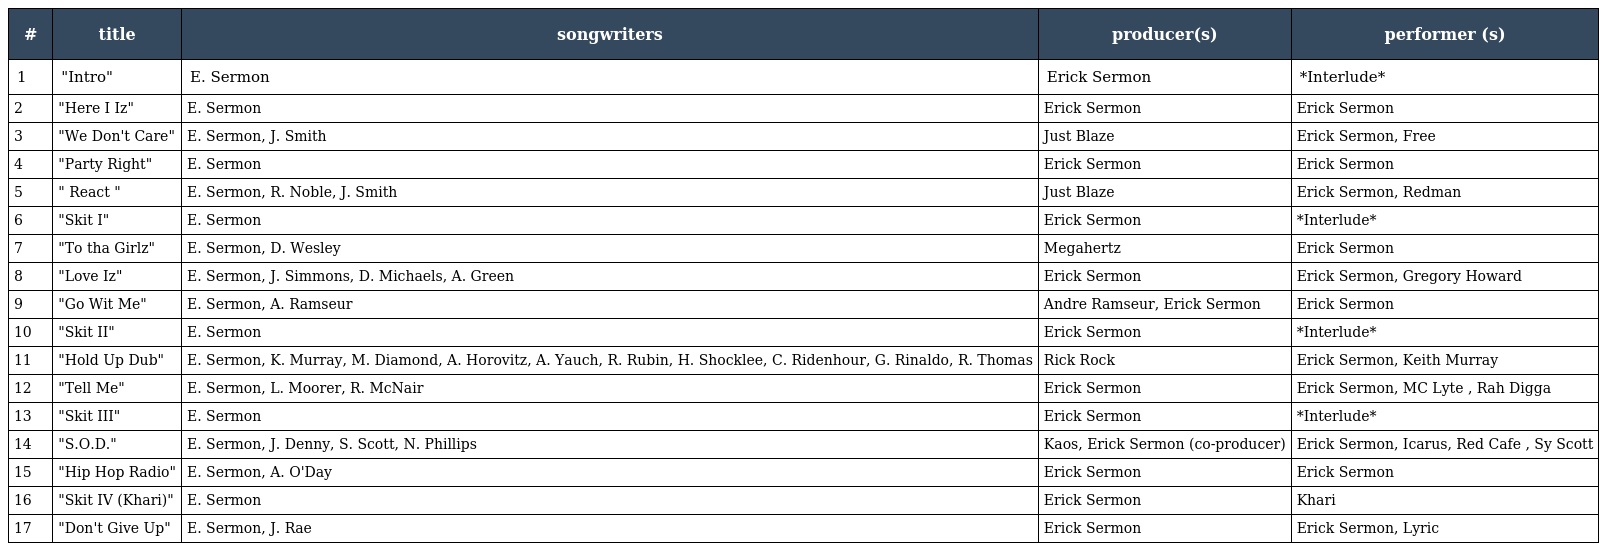
| # | title | songwriters | producer(s) | performer (s) |
 | --- | --- | --- | --- | --- |
 | 1 | "Intro" | E. Sermon | Erick Sermon | *Interlude* |
 | 2 | "Here I Iz" | E. Sermon | Erick Sermon | Erick Sermon |
 | 3 | "We Don't Care" | E. Sermon, J. Smith | Just Blaze | Erick Sermon, Free |
 | 4 | "Party Right" | E. Sermon | Erick Sermon | Erick Sermon |
 | 5 | " React " | E. Sermon, R. Noble, J. Smith | Just Blaze | Erick Sermon, Redman |
 | 6 | "Skit I" | E. Sermon | Erick Sermon | *Interlude* |
 | 7 | "To tha Girlz" | E. Sermon, D. Wesley | Megahertz | Erick Sermon |
 | 8 | "Love Iz" | E. Sermon, J. Simmons, D. Michaels, A. Green | Erick Sermon | Erick Sermon, Gregory Howard |
 | 9 | "Go Wit Me" | E. Sermon, A. Ramseur | Andre Ramseur, Erick Sermon | Erick Sermon |
 | 10 | "Skit II" | E. Sermon | Erick Sermon | *Interlude* |
 | 11 | "Hold Up Dub" | E. Sermon, K. Murray, M. Diamond, A. Horovitz, A. Yauch, R. Rubin, H. Shocklee, C. Ridenhour, G. Rinaldo, R. Thomas | Rick Rock | Erick Sermon, Keith Murray |
 | 12 | "Tell Me" | E. Sermon, L. Moorer, R. McNair | Erick Sermon | Erick Sermon, MC Lyte , Rah Digga |
 | 13 | "Skit III" | E. Sermon | Erick Sermon | *Interlude* |
 | 14 | "S.O.D." | E. Sermon, J. Denny, S. Scott, N. Phillips | Kaos, Erick Sermon (co-producer) | Erick Sermon, Icarus, Red Cafe , Sy Scott |
 | 15 | "Hip Hop Radio" | E. Sermon, A. O'Day | Erick Sermon | Erick Sermon |
 | 16 | "Skit IV (Khari)" | E. Sermon | Erick Sermon | Khari |
 | 17 | "Don't Give Up" | E. Sermon, J. Rae | Erick Sermon | Erick Sermon, Lyric |